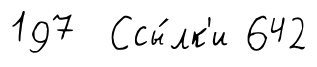
197 Ссы́лк'и 642